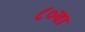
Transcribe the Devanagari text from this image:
८०वा